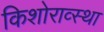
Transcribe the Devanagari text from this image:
किशोराव्स्था